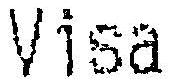
VISA